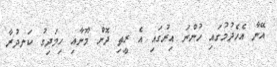
އޭނާ އެހެދުމުގައި ހުންނަ އިރުގައި އެ ރީތި ދޮން މޫނާއި ހިމަދިގު ކަނދުރާ